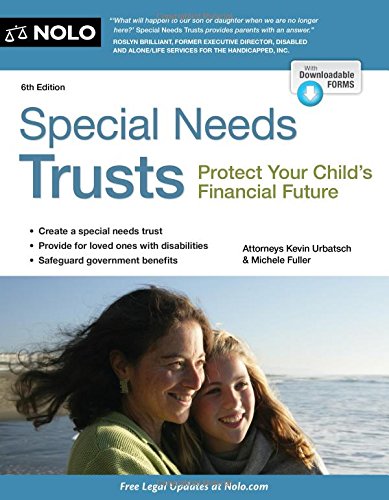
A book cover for Special Needs Trusts: Protect Your Child's Financial Future; Kevin Urbatsch Attorney; Law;